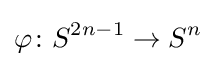
\varphi \colon S^{2n-1}\to S^{n}